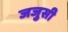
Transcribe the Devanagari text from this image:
जजुसी